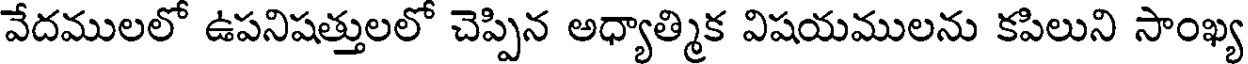
వేదములలో ఉపనిషత్తులలో చెప్పిన అధ్యాత్మిక విషయములను కపిలుని సాంఖ్య